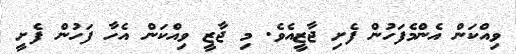
ވިއްކަން އެންމެފަހުން ފެށި ޖާޒީއެވެ. މި ޖާޒީ ވިއްކަން އެހާ ފަހުން ފެށީ